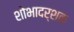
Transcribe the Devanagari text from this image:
शोभादर्शक